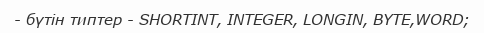
- бүтін типтер - SHORTINT, INTEGER, LONGIN, BYTE,WORD;